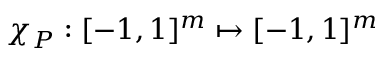
\chi _ { P } : [ - 1 , 1 ] ^ { m } \mapsto [ - 1 , 1 ] ^ { m }